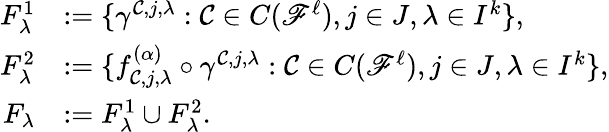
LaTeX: \begin{array}{rl}{F_{\lambda}^{1}}&{:=\{ \gamma^{\mathcal{C},j,\lambda}:\mathcal{C}\in C(\mathscr{F}^{\ell}),j\in J,\lambda\in I^{k}\} ,}\\ {F_{\lambda}^{2}}&{:=\{ f_{\mathcal{C},j,\lambda}^{(\alpha)}\circ\gamma^{\mathcal{C},j,\lambda}:\mathcal{C}\in C(\mathscr{F}^{\ell}),j\in J,\lambda\in I^{k}\} ,}\\ {F_{\lambda}}&{:=F_{\lambda}^{1}\cup F_{\lambda}^{2}.}\end{array}